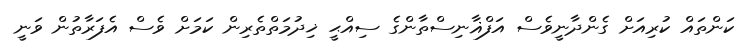
ކަންތައް ކުރިއަށް ގެންދާނީވެސް އަފްޣާނިސްތާންގެ ސިއްޙީ ޚިދުމަތްތެރިން ކަމަށް ވެސް އެފަރާތުން ވަނީ